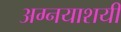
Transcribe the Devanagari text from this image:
अग्नयाशयी